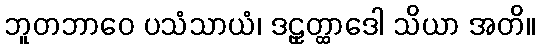
ဘူတဘာဝေ ပသံသာယံ၊ ဒဠှတ္ထာဒေါ သိယာ အတိ။